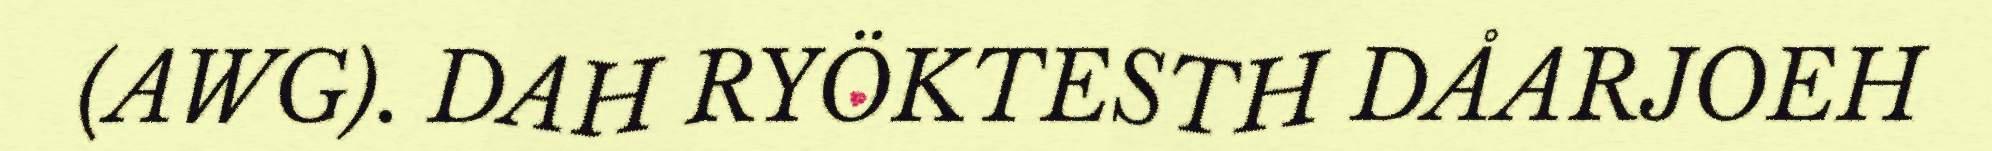
(AWG). DAH RYÖKTESTH DÅARJOEH